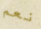
نعم